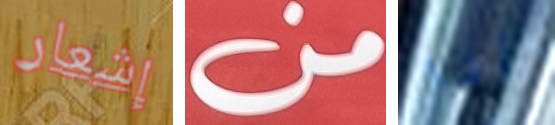
إشعار من أنا